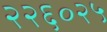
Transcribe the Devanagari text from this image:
२२६०२५